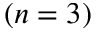
( n = 3 )